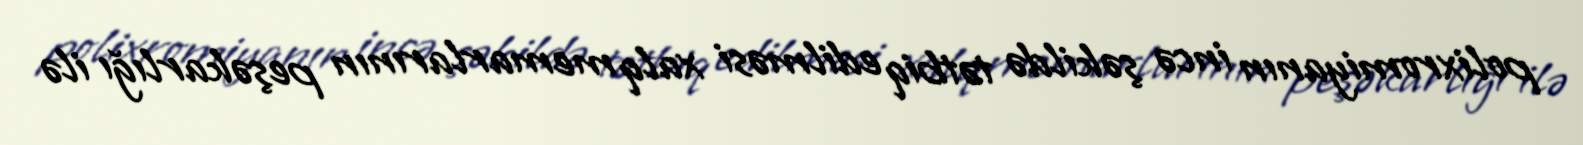
polixromiyanın incə şəkildə tətbiq edilməsi xalq memarlarının peşəkarlığı ilə